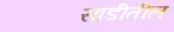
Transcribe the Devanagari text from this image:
साडीतील